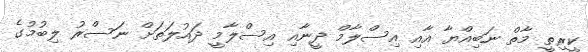
ކީރިތީ މާތް ނަބިއްޔާ އާއި އިސްލާމް ދީނާއި އިސްލާމީ ދައުލަތަށް ނަސްރު ލިބުމުގެ